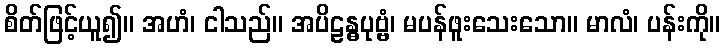
စိတ်ဖြင့်ယူ၍။ အဟံ၊ ငါသည်။ အပိဠန္ဓပုဗ္ဗံ၊ မပန်ဖူးသေးသော။ မာလံ၊ ပန်းကို။